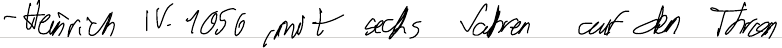
- Heinrich IV. 1056, mit sechs Jahren auf den Thron